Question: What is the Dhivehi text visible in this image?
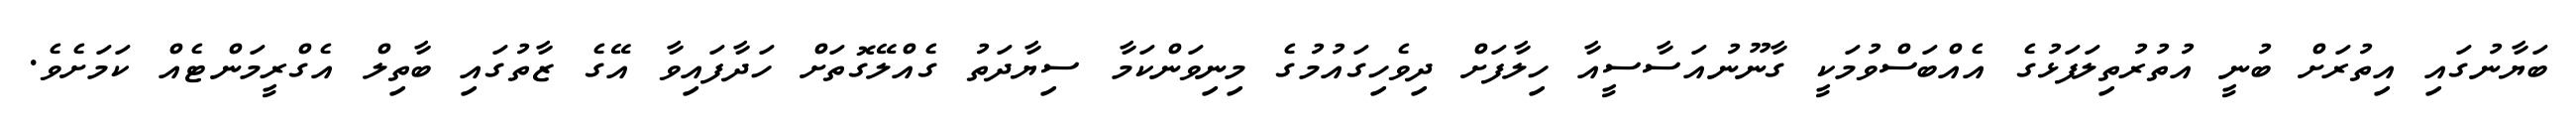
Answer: ބަޔާނުގައި އިތުރަށް ބުނީ އުތުރުތިލަފަޅުގެ އެއްބަސްވުމަކީ ގާނޫނުއަސާސީއާ ހިލާފަށް ދިވެހިގައުމުގެ މިނިވަންކަމާ ސިޔާދަތު ގެއްލޭގޮތަށް ހަދާފައިވާ އޭގެ ޒާތުގައި ބާތިލް އެގްރީމަންޓެއް ކަމަށެވެ.